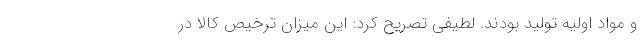
و مواد اولیه تولید بودند. لطیفی تصریح کرد: این میزان ترخیص کالا در